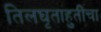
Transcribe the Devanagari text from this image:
तिलघृताहुतींचा